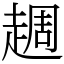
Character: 䞴